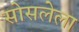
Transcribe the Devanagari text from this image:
सोसलेला